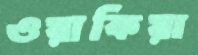
ওয়াকিয়া